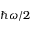
\hbar \omega / 2